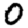
Digit: 0